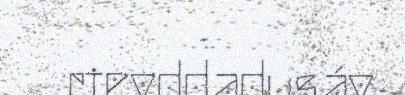
rievddadusáv